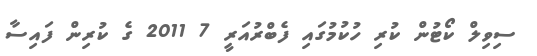
ސިވިލް ކޯޓުން ކުރި ހުކުމުގައި ފެބްރުއަރީ 7 2011 ގެ ކުރިން ފައިސާ